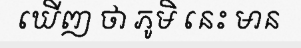
ឃើញ ថា ភូមិ នេះ មាន